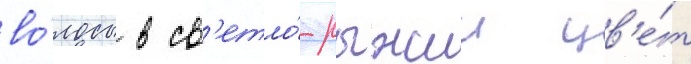
во́лосы в св'етло́-рыжии цв'е́т